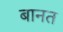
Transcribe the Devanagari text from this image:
बानत